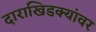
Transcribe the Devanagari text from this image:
दाराखिडक्यांवर